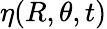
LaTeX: \eta(R,\theta,t)